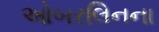
ઓબરલિનના